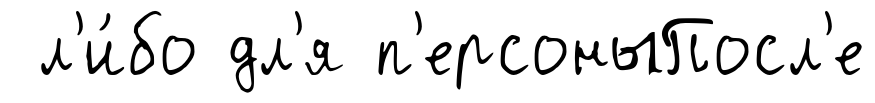
л'и́бо дл'я п'ерсоныПосл'е